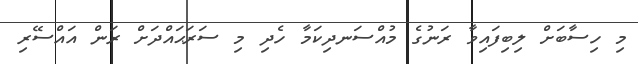
މި ހިސާބަށް ލިބިފައިވާ ރަނުގެ މުއްސަނދިކަމާ ހެދި މި ސަރަޙައްދަށް ރަން އައްސޭރި